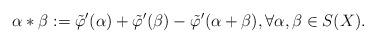
LaTeX: \begin{align*}\alpha*\beta:=\tilde{\varphi}'(\alpha)+\tilde{\varphi}'(\beta)-\tilde{\varphi}'(\alpha+\beta), \forall \alpha,\beta\in S(X). \end{align*}